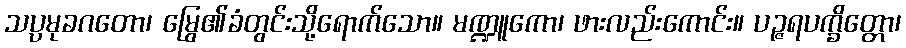
သပ္ပမုခဂတော၊ မြွေ၏ခံတွင်းသို့ရောက်သော။ မဏ္ဍူကော၊ ဖားလည်းကောင်း။ ပဉ္ဇရပက္ခိတ္တော၊